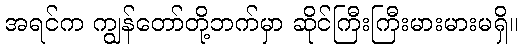
အရင်က ကျွန်တော်တို့ဘက်မှာ ဆိုင်ကြီးကြီးမားမားမရှိ။